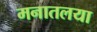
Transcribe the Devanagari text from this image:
मनातलया